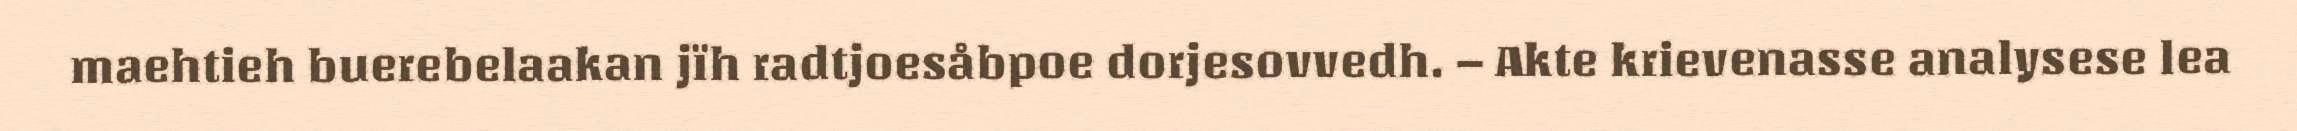
maehtieh buerebelaakan jïh radtjoesåbpoe dorjesovvedh. – Akte krievenasse analysese lea